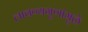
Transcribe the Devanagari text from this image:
लावण्यगुणांमुळे